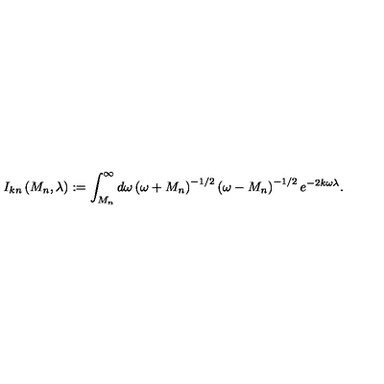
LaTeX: I _ { k n } \left( M _ { n } , \lambda \right) : = \int _ { M _ { n } } ^ { \infty } d \omega \left( \omega + M _ { n } \right) ^ { - 1 / 2 } \left( \omega - M _ { n } \right) ^ { - 1 / 2 } e ^ { - 2 k \omega \lambda } .